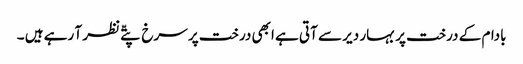
بادام کے درخت پر بہار دیر سے آتی ہے ابھی درخت پر سرخ پتّے نظر آ رہے ہیں ۔